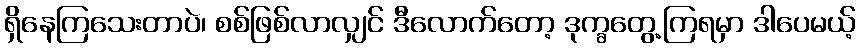
ရှိနေကြသေးတာပဲ၊ စစ်ဖြစ်လာလျှင် ဒီလောက်တော့ ဒုက္ခတွေ့ကြရမှာ ဒါပေမယ့်